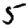
Digit: 5